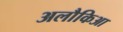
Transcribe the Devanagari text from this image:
अलौकिआ